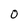
Character: 0